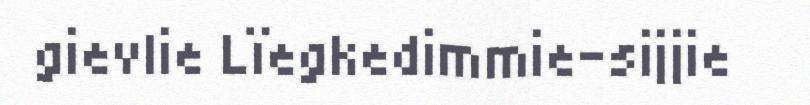
gievlie Lïegkedimmie-sijjie